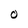
Character: O